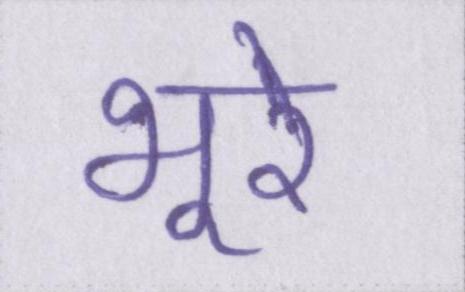
भूरे